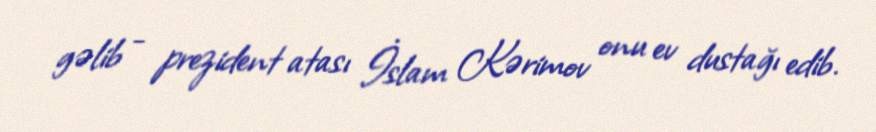
gəlib - prezident atası İslam Kərimov onu ev dustağı edib.